Scientific memoirs by medical officers of the Army of India - Part IX,
Year: 1895
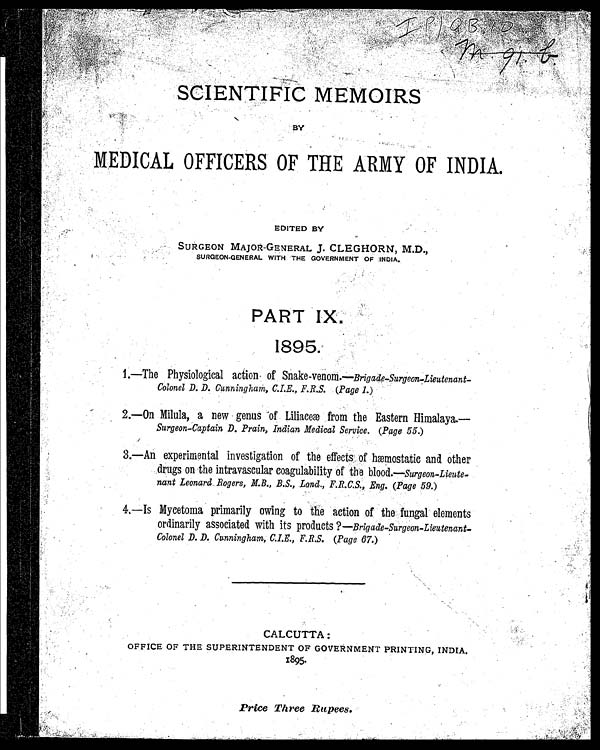
I P | Q B . 1 0
m . 9 1 . b .
SCIENTIFIC MEMOIRS
BY
MEDICAL OFFICERS OF THE ARMY OF INDIA.
EDITED BY
SURGEON MAJOR -GENERAL J. CLEGHORN, M.D.,
SURGEON-GENERAL WITH THE GOVERNMENT OF INDIA.
PART IX
.
1895.
1.—The Physiological action of Snake-venom.— Brigade-Surgeon-Lieutenant-
Colonel D. D. Cunningham, C.I.E., F.R.S. (Page 1.)
2.—On Milula, a new genus of Liliaceæ from the Eastern Himalaya.—
Surgeon-Captain D. Prain, Indian Medical Service. (Page 55.)
3.—An experimental investigation of the effects of hæmostatic and other
drugs on the intravascular coagulability of the blood.— Surgeon-Lieuite-
•
n a n t L e o n a r d R o g e r s , M . B . , B . S . , L a n d . , F . R . C . S . , E n g
. (
P a g e 5 9 .
)
4.—Is Mycetoma primarily owing to he action of the fungal elements
ordinarily associated with its products ?—Brigade-Surgeon-Lieutenant-
Colonel D. D. Cunningham, C.I.E., F.R.S. (Page 67. )
CALCUTTA :
OFFICE OF THE SUPERINTENDENT OF GOVERNMENT PRINTING, INDIA.
1895.
Price Three Rupees.